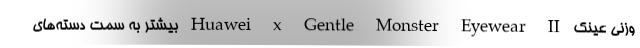
وزنی عینک Huawei x Gentle Monster Eyewear II بیشتر به سمت دسته‌های